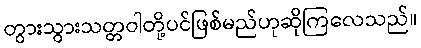
တွားသွားသတ္တဝါတို့ပင်ဖြစ်မည်ဟုဆိုကြလေသည်။